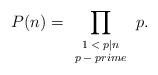
LaTeX: \begin{align*}P(n)=\prod_{\scriptsize\begin{array}{cc}1<p|n\\p-prime\end{array}\normalsize}p.\end{align*}